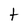
Character: t